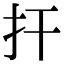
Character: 扞